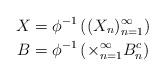
LaTeX: \begin{align*}X&=\phi^{-1}\left((X_n)_{n=1}^{\infty}\right) \\B &= \phi^{-1}\left(\times_{n=1}^{\infty} B_n^c \right) \end{align*}